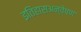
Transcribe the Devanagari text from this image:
इतिहासअन्वेषण